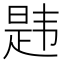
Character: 韪